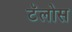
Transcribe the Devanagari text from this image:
टॅलोस